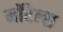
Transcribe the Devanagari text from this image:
मॉरेल्स